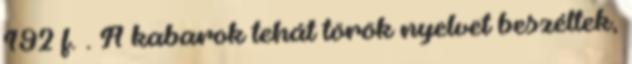
192 f. . A kabarok tehát török nyelvet beszéltek,